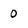
Character: 0